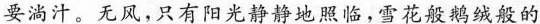
要淌汁。无风，只有阳光静静地照临，雪花般鹅绒般的